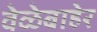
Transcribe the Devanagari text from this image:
वेळेबाहेर